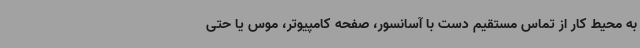
به محیط کار از تماس مستقیم دست با آسانسور، صفحه کامپیوتر، موس یا حتی